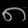
Digit: ၈